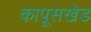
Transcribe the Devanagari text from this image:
कापूसखेड